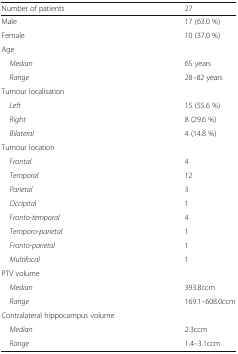
| Number of patients | 27 |
 | --- | --- |
 | Male | 17 (63.0 %) |
 | Female | 10 (37.0 %) |
 | <COLSPAN=2> Age |
 | Median | 65 years |
 | Range | 28–82 years |
 | <COLSPAN=2> Tumour localisation |
 | Left | 15 (55.6 %) |
 | Right | 8 (29.6 %) |
 | Bilateral | 4 (14.8 %) |
 | <COLSPAN=2> Tumour location |
 | Frontal | 4 |
 | Temporal | 12 |
 | Parietal | 3 |
 | Occipital | 1 |
 | Fronto-temporal | 4 |
 | Temporo-parietal | 1 |
 | Fronto-parietal | 1 |
 | Multifocal | 1 |
 | <COLSPAN=2> PTV volume |
 | Median | 393.8ccm |
 | Range | 169.1–608.0ccm |
 | <COLSPAN=2> Contralateral hippocampus volume |
 | Median | 2.3ccm |
 | Range | 1.4–3.1ccm |